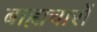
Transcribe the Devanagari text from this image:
बाह्यचारों